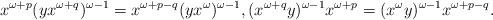
LaTeX: \begin{align*}x^{\omega+p} (yx^{\omega+q})^{\omega-1} = x^{\omega+p-q} (yx^{\omega})^{\omega-1},(x^{\omega+q} y)^{\omega-1}x^{\omega+p} = (x^{\omega} y)^{\omega-1}x^{\omega+p-q}.\end{align*}